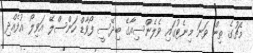
މެޗުގެ ތިން ވަނަ މިނެޓުގައި ވެލެންސިއާގެ ބިދޭސީ ފޯވާޑް ހަންސްލޭ އަވިލޯ އުފެއްދި